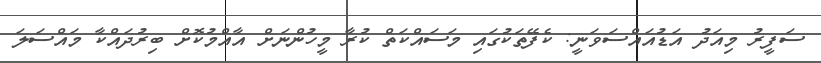
ސަފީރު މިއަދު އަޑުއައްސަވަނީ: ކެފޭތަކުގައި މަސައްކަތް ކުރާ މީހުންނަށް އާއްމުކޮށް ބިރުދައްކާ މައްސަލަ